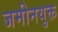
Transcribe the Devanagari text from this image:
जमीनयुक्त